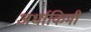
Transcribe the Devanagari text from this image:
अर्धाकिमी